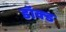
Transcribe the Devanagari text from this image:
डॉक्ड